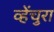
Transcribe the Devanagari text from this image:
व्हेंचुरा